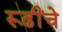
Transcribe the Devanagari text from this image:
रूढींचे